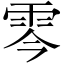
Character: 𩂇